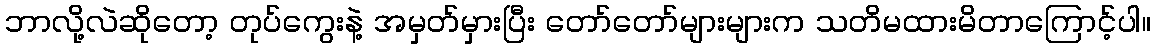
ဘာလို့လဲဆိုတော့ တုပ်ကွေးနဲ့ အမှတ်မှားပြီး တော်တော်များများက သတိမထားမိတာကြောင့်ပါ။